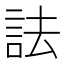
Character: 詓